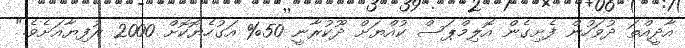
އާދީއްތަ ދުވަހުން ފެށިގެން އޮލިމްޕަސް ކުއްޔަށް ދޫކުރާނީ 50% އަގުހެޔޮކޮށް 2000 ރުފިޔާއަށެވެ."